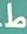
ط